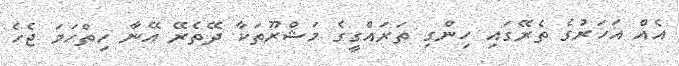
އެއް އަހަރުގެ ތެރޭގައި ހިންގި ތަރައްގީގެ މަޝްރޫތަކާ ދޭތެރޭ އޭނާ ހިތްހަމަ ޖެހެ